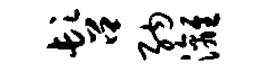
髫纳漓